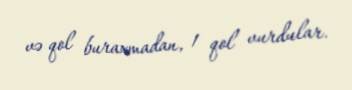
və qol buraxmadan, 1 qol vurdular.